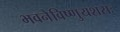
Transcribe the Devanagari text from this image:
भवनेविष्णुयशसः